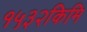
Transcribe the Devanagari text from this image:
१५३२किमि